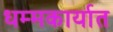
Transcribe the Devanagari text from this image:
धम्मकार्यात